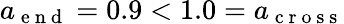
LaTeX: a_{\mathrm{~e~n~d~}}=0.9<1.0=a_{\mathrm{~c~r~o~s~s~}}